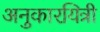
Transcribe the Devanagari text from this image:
अनुकारयित्री